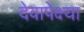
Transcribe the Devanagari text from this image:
देवापेक्ष्या